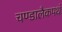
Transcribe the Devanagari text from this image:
चण्डालैकपथं